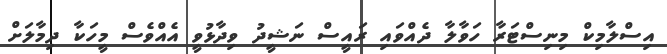
އިސްލާމިކް މިނިސްޓަރާ ހަވާލާ ދެއްވައި ރައީސް ނަޝީދު ވިދާޅުވީ އެއްވެސް މީހަކާ ދިމާލަށް